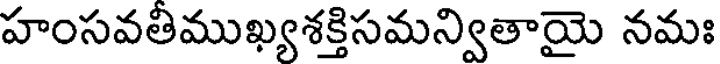
హంసవతిముఖ్యశక్తిసమన్వితాయై నమః